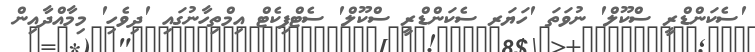
'ސެކަންޑްރީ ސްކޫލް' ނުވަތަ 'ހަޔަރ ސެކަންޑްރީ ސްކޫލް' ސެޓްފިކެޓް އިމްތިހާނުގައި 'ދިވެހި' މިމާއްދާއިން